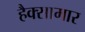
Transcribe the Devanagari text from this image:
हैक्सामार